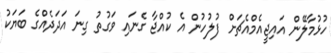
ހުޅުމާލޭން އައިޖީއެމްއެޗަށް ފުލުހުން އެ ކުއްޖާ ގެނައި ވަގުތު ގިނަ އަދަދެއްގެ ބަޔަކު